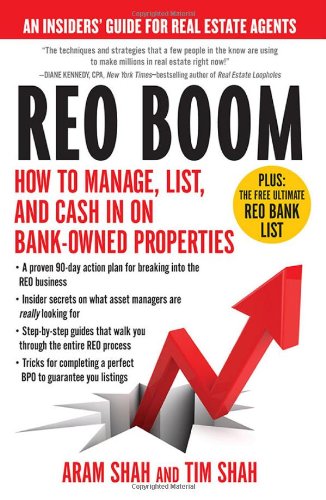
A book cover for REO Boom: How to Manage, List, and Cash in on Bank-Owned Properties: An Insiders' Guide for Real Estate Agents; Aram Shah; Business & Money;